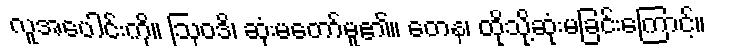
လူအပေါင်းကို။ ဩဝဒိ၊ ဆုံးမတော်မူ၏။ တေန၊ ထိုသို့ဆုံးမခြင်းကြောင့်။